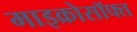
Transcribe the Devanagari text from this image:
माइक्रोसॉफ्त